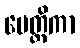
မေတ္တိကာ